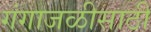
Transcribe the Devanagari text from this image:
गंगाजळीसाठी